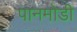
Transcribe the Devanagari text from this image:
पानमोडी